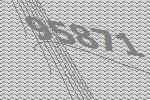
95871